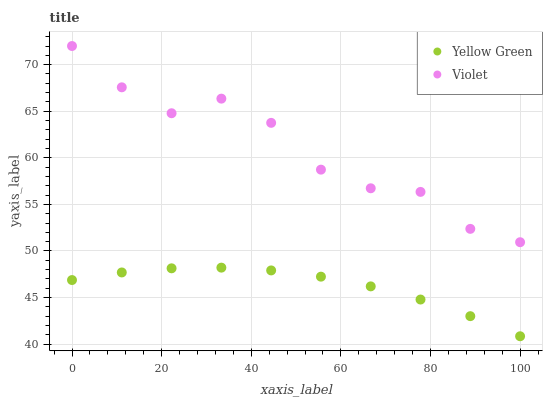
| xaxis_label | Yellow Green | Violet |
 | --- | --- | --- |
 | 0 | 46.9 | 72 |
 | 11.1 | 47.7 | 67.6 |
 | 22.2 | 48.1 | 64.8 |
 | 33.3 | 48.2 | 66.4 |
 | 44.4 | 47.9 | 63.8 |
 | 55.6 | 47.2 | 58.7 |
 | 66.7 | 46.2 | 56.7 |
 | 77.8 | 44.8 | 56.3 |
 | 88.9 | 43 | 52.4 |
 | 100 | 40.8 | 50.9 |